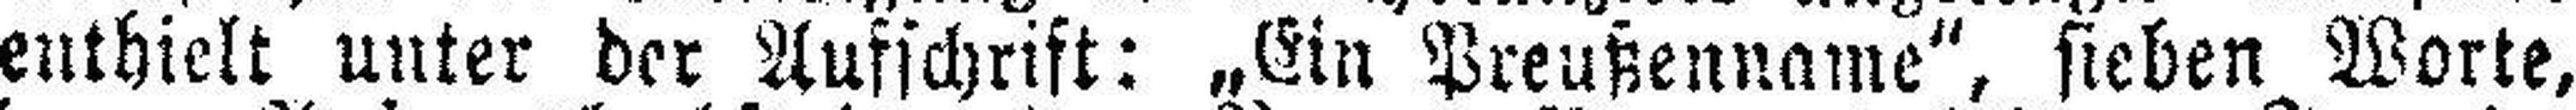
enthielt unter der Aufschrift: „Ein Preußenname“, sieben Worte,